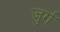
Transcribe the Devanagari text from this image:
जुर्ग